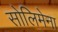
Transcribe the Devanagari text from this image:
सोलिमेना